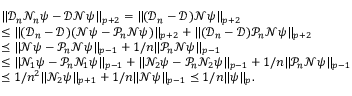
\begin{array} { r l } & { \| \mathcal { D } _ { n } \mathcal { N } _ { n } \psi - \mathcal { D } \mathcal { N } \psi \| _ { p + 2 } = \| ( \mathcal { D } _ { n } - \mathcal { D } ) \mathcal { N } \psi \| _ { p + 2 } } \\ & { \leq \| ( \mathcal { D } _ { n } - \mathcal { D } ) ( \mathcal { N } \psi - \mathcal { P } _ { n } \mathcal { N } \psi ) \| _ { p + 2 } + \| ( \mathcal { D } _ { n } - \mathcal { D } ) \mathcal { P } _ { n } \mathcal { N } \psi \| _ { p + 2 } } \\ & { \preceq \| \mathcal { N } \psi - \mathcal { P } _ { n } \mathcal { N } \psi \| _ { p - 1 } + 1 / n \| \mathcal { P } _ { n } \mathcal { N } \psi \| _ { p - 1 } } \\ & { \leq \| \mathcal { N } _ { 1 } \psi - \mathcal { P } _ { n } \mathcal { N } _ { 1 } \psi \| _ { p - 1 } + \| \mathcal { N } _ { 2 } \psi - \mathcal { P } _ { n } \mathcal { N } _ { 2 } \psi \| _ { p - 1 } + 1 / n \| \mathcal { P } _ { n } \mathcal { N } \psi \| _ { p - 1 } } \\ & { \preceq 1 / n ^ { 2 } \| \mathcal { N } _ { 2 } \psi \| _ { p + 1 } + 1 / n \| \mathcal { N } \psi \| _ { p - 1 } \preceq 1 / n \| \psi \| _ { p } . } \end{array}